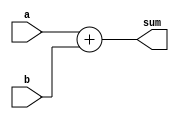
module adder (
    input [7:0] a,
    input [7:0] b,
    output [8:0] sum
);

assign sum = a + b;

endmodule